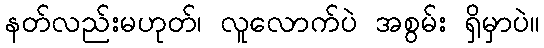
နတ်လည်းမဟုတ်၊ လူလောက်ပဲ အစွမ်း ရှိမှာပဲ။